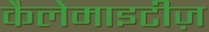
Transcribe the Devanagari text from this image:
कैलेमाइटीज़